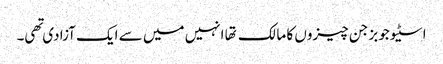
اسٹیو جوبز جن چیزوں کا مالک تها انہیں میں سے ایک آزادی تهی۔